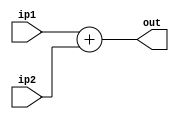

`timescale 1ns/100ps
module adder (ip1, ip2, out);

//input clk, rst;
input [31:0] ip1, ip2;
output [31:0] out;

reg [31:0] add;

always @(ip1 or ip2) begin
 add <= ip1 + ip2;
end
assign out = add;

endmodule